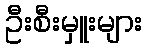
ဦးစီးမှူးများ